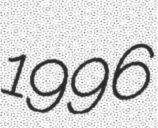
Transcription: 1996